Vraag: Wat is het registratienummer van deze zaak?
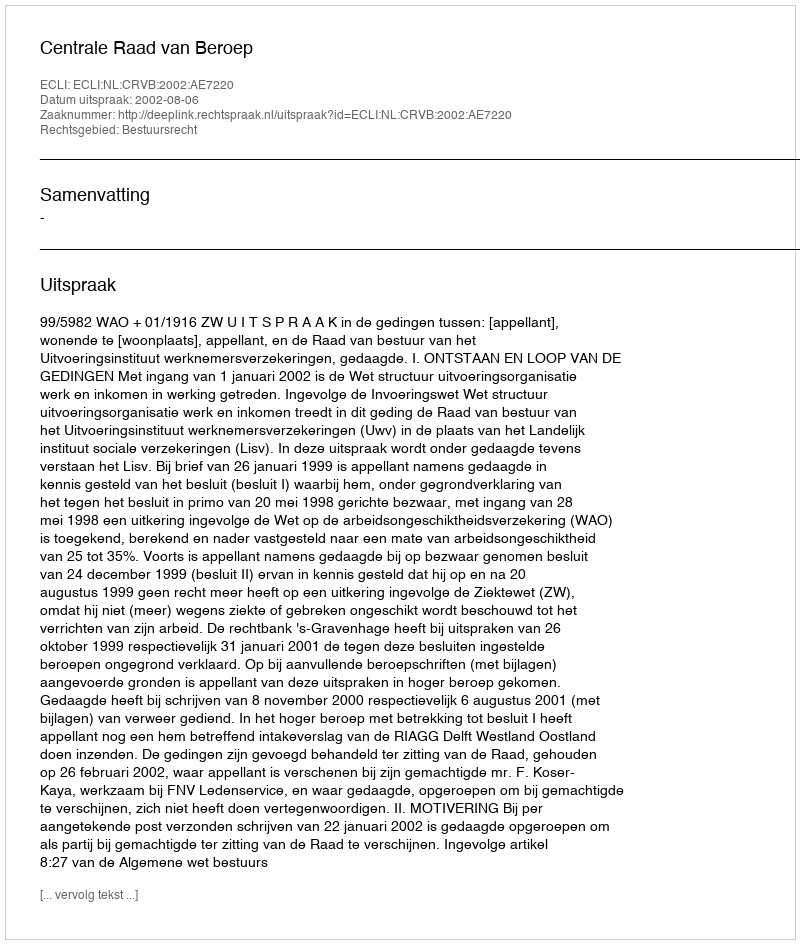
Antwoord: http://deeplink.rechtspraak.nl/uitspraak?id=ECLI:NL:CRVB:2002:AE7220